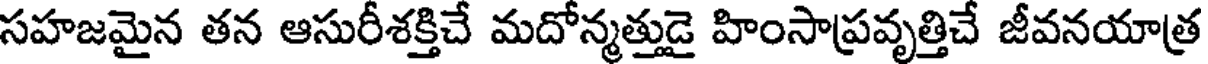
సహజమైన తన ఆసురీశక్తిచే మదోన్మత్తుడై హింసాప్రవృత్తిచే జీవనయాత్ర